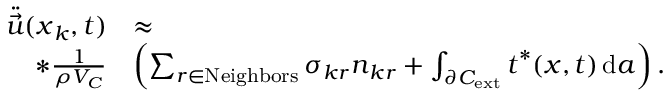
\begin{array} { r l } { \ddot { \vec { u } } ( \boldsymbol { x } _ { k } , t ) } & { \approx } \\ { * \frac { 1 } { \rho { V _ { C } } } } & { \left( \sum _ { r \in \mathrm { N e i g h b o r s } } \boldsymbol { \sigma } _ { k r } \boldsymbol { n } _ { k r } + \int _ { \partial { C } _ { \mathrm { e x t } } } \boldsymbol { t } ^ { * } ( \boldsymbol { x } , t ) \, \mathrm { d } a \right) . } \end{array}